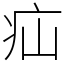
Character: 疝